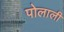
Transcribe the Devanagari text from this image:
पोलाली